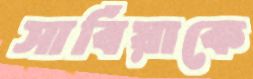
সার্বিয়াকে